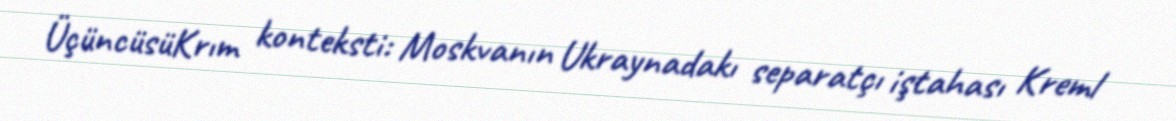
ÜçüncüsüKrım konteksti: Moskvanın Ukraynadakı separatçı iştahası Kreml